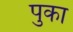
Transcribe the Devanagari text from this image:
पुका